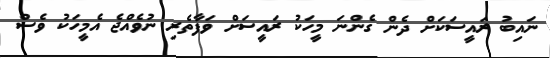
ނައިބު ރައީސަކަށް ދެން ގެންނަ މީހަކު ރައީސަށް ވަފާތެރި ނުވެއްޖެ އެމީހަކު ވެސް